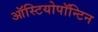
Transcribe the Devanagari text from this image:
ऑस्टियोपॉन्टिन